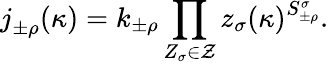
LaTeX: j_{\pm\rho}^{\mathrm{~\, ~}}(\kappa)=k_{\pm\rho}\prod_{Z_{\sigma}\in\mathcal{Z}}{z}_{\sigma}(\kappa)^{{S}_{\pm\rho}^{\sigma}}.